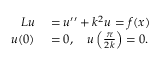
\begin{array} { r l } { L u } & { { } = u ^ { \prime \prime } + k ^ { 2 } u = f ( x ) } \\ { u ( 0 ) } & { { } = 0 , \quad u \left( { \frac { \pi } { 2 k } } \right) = 0 . } \end{array}